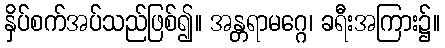
နှိပ်စက်အပ်သည်ဖြစ်၍။ အန္တရာမဂ္ဂေ၊ ခရီးအကြား၌။